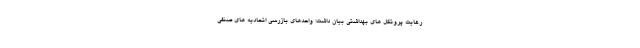
رعایت پروتکل های بهداشتی بیان داشت: واحدهای بازرسی اتحادیه های صنفی